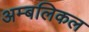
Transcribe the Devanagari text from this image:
अम्बलिकल